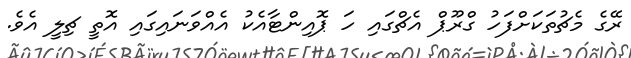
ރޭގެ މެޗުތަކަށްފަހު ގްރޫޕް އެޗްގައި ހަ ޕޮއިންޓާއެކު އެއްވަނައިގައި އޮތީ ޗިލީ އެވެ.